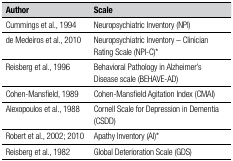
| Author | Scale |
 | --- | --- |
 | Cummings et al., 1994 | Neuropsychiatric Inventory (NPI) |
 | de Medeiros et al., 2010 | Neuropsychiatric Inventory – Clinician Rating Scale(NPI-C)* |
 | Reisberg et al., 1996 | Behavioral Pathology in Alzheimer's Disease scale(BEHAVE-AD) |
 | Cohen-Mansfield, 1989 | Cohen-Mansfield Agitation Index (CMAI) |
 | Alexopoulos et al., 1988 | Cornell Scale for Depression in Dementia (CSDD) |
 | Robert et al., 2002; 2010 | Apathy Inventory (AI)* |
 | Reisberg et al., 1982 | Global Deterioration Scale (GDS) |